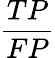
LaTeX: \frac{TP}{FP}